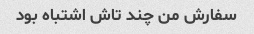
سفارش من چند تاش اشتباه بود